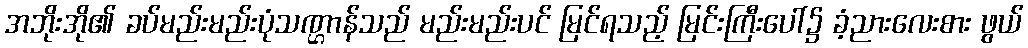
အဘိုးအို၏ ခပ်မည်းမည်းပုံသဏ္ဌာန်သည် မည်းမည်းပင် မြင်ရသည့် မြင်းကြီးပေါ်၌ ခံ့ညားလေးစား ဖွယ်